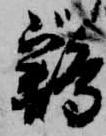
鶏